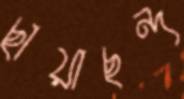
ছায়াছন্দ